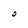
Character: O